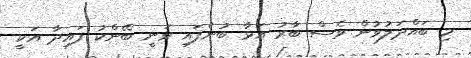
މި ބައްދަލުވުން ވެސް ބާރު އަޅާ ބުނެފައި ވަނީ ބޭންކު ފައިދާ އަކީ